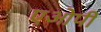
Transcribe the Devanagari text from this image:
एओपी